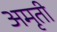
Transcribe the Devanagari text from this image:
अमृती